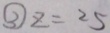
\textcircled { 3 } z = 2 5